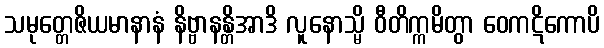
သမုတ္တေဇိယမာနာနံ နိဗ္ဗာနန္တိအာဒိ လူနောသ္မိ ဝီတိက္ကမိတွာ ဝေကဋိကောပိ